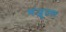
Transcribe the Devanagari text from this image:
मंजुतल